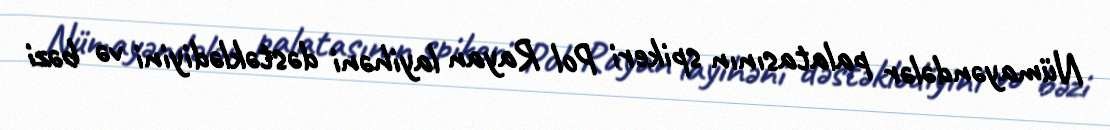
Nümayəndələr palatasının spikeri Pol Rayan layihəni dəstəklədiyini və bəzi